Indian journal of veterinary science and animal husbandry - Volumes 18-21, 1948-1951
Year: 1948
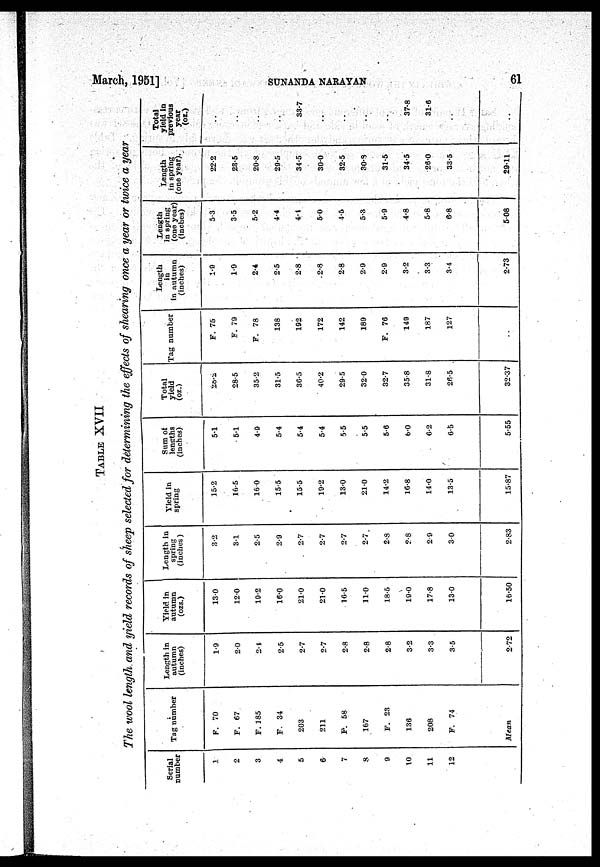
March, 1951]
SUNANDA
NARAYAN
61
TABLE XVII
The wool length and yield records of sheep selected for determining the effects of shearing once a year or twice a year
Serial
number
1
2
3
4
5
6
7
8
9
10
11
12
Tag number
F. 70
F. 67
F. 185
F. 34
203
211
P. 58
167
F. 23
136
208
F. 74
Mean
Length in
autumn
(inches)
1.9
2.0
2.1
2.5
2.7
2.7
2.8
2.8
2.8
3.2
3.3
3.5
2.72
Yield in
autumn
(ozs.)
13.0
12.0
19.2
16.0
21.0
21.0
16.5
11.0
18.5
19.0
17.8
130
16.50
Length in
spring
(inches)
3.2
3.1
2.5
2.9
2.7
2.7
2.7
2.7
2.8
2.8
2.9
3.0
2.83
Yield in
spring
15.2
16.5
16.0
15.5
15.5
19.2
13.0
21.0
14.2
16.8
14.0
13.5
15.87
Sum of
lengths
(inches)
5.1
5.1
4.9
5.4
5.4
5.4
5.5
5.5
5.6
6.0
6.2
6.5
5.55
Total
yield
(oz.)
28.2
28.5
35.2
31.5
36.5
40.2
29.5
32.0
32.7
35.8
31.8
26.5
32.37
Tag number
F. 75
F. 79
F. 78
138
192
172
142
189
F. 76
149
187
127
..
Length
in
in autumn
(inches)
1.9
1.9
2.4
2.5
2.8
2.8
2.8
2.9
2.9
3.2
3.3
3.4
2.73
Length
in spring
(one year)
(inches)
5.3
3.5
5.2
4.4
4.4
5.0
4.5
5.3
5.9
4.8
5.8
6.8
5.08
Length
in spring
(one year).
22.2
23.5
20.8
29.5
34.5
30.0
32.5
30.8
31.5
34.5
26.0
33.5
29.11
Total
yield in
previous
year
(oz.)
..
..
..
..
33.7
..
..
..
..
37.8
31.6
..
..